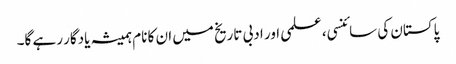
پاکستان کی سائنسی، علمی اور ادبی تاریخ میں ان کا نام ہمیشہ یادگار رہے گا۔